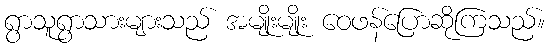
ရွာသူရွာသားများသည် အမျိုးမျိုး ဝေဖန်ပြောဆိုကြသည်။